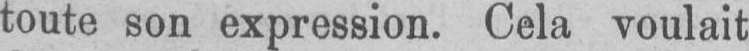
toute son expression. Cela voulait